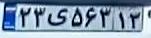
۲۳ی۵۶۳۱۳